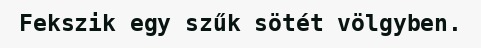
Fekszik egy szűk sötét völgyben.